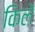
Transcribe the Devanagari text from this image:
किलें